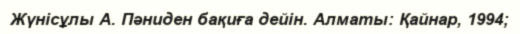
Жүнісұлы А. Пәниден бақиға дейін. Алматы: Қайнар, 1994;